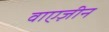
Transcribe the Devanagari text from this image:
वाएज़ीन